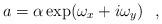
LaTeX: \begin{align*} a =\alpha \exp (\omega_{x}+i\omega_{y})~~,\end{align*}